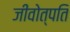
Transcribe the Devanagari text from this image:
जीवोत्पति